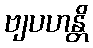
ဗျပဟန္တိ